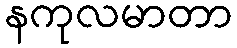
နကုလမာတာ